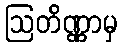
ဩတိဏ္ဏာမှ